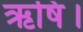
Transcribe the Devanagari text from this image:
ऋषि।